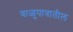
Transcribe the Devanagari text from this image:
वाळुपात्रातील